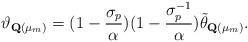
LaTeX: \begin{align*} \vartheta_{{\bf Q}(\mu_{m})}=(1-\frac{\sigma_{p}}{\alpha})(1-\frac{\sigma_{p}^{-1}}{\alpha})\tilde{\theta}_{{\bf Q}(\mu_{m})}.\end{align*}